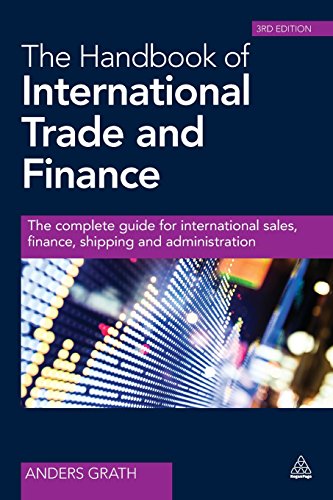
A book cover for The Handbook of International Trade and Finance: The Complete Guide for International Sales, Finance, Shipping and Administration; Anders Grath; Business & Money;